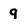
Character: 9